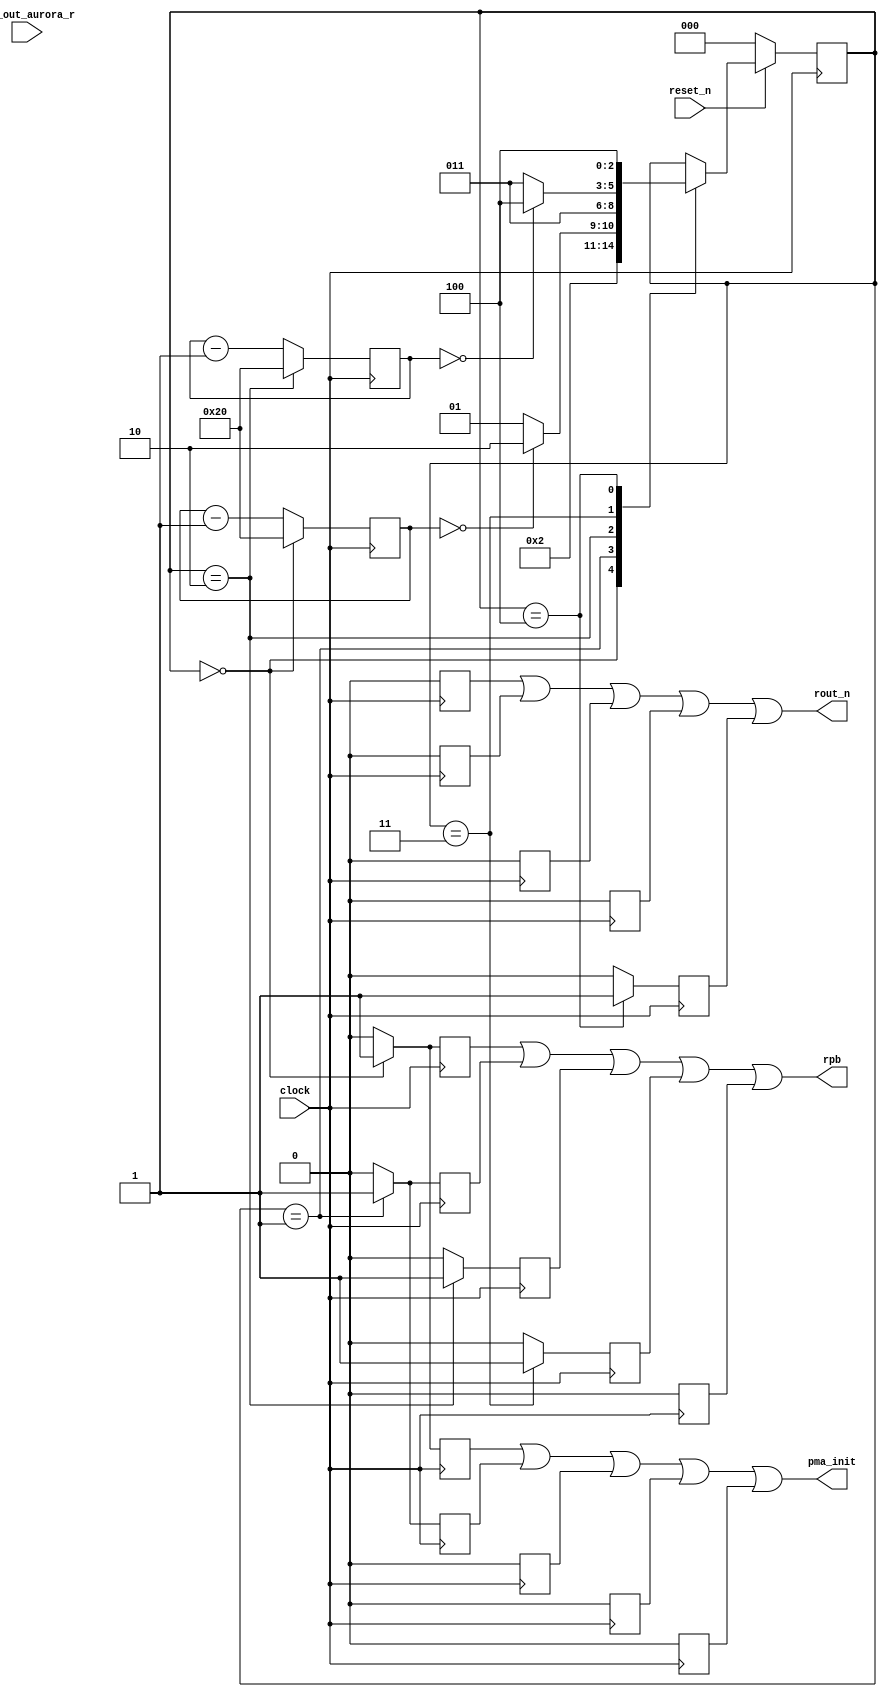
// *!***************************************************************************
// *! Copyright 2019 International Business Machines
// *!
// *! Licensed under the Apache License, Version 2.0 (the "License");
// *! you may not use this file except in compliance with the License.
// *! You may obtain a copy of the License at
// *! http://www.apache.org/licenses/LICENSE-2.0 
// *!
// *! The patent license granted to you in Section 3 of the License, as applied
// *! to the "Work," hereby includes implementations of the Work in physical form.  
// *!
// *! Unless required by applicable law or agreed to in writing, the reference design
// *! distributed under the License is distributed on an "AS IS" BASIS,
// *! WITHOUT WARRANTIES OR CONDITIONS OF ANY KIND, either express or implied.
// *! See the License for the specific language governing permissions and
// *! limitations under the License.
// *! 
// *! The background Specification upon which this is based is managed by and available from
// *! the OpenCAPI Consortium.  More information can be found at https://opencapi.org. 
// *!***************************************************************************
// Module designer: Dimitris Syrivelis
// Backup: Christian Pinto, Michele Gazzetti

`timescale 1ns / 10ps

// ==============================================================================================================================
// @@@  Module Declaration
// ==============================================================================================================================
module aurora_power_on_reset  (
    input              clock                   // Clock - needs to be the aurora init_clk and needs to be stable.
  , input              reset_n                   // needs to be active high early reset (ocde - would be fine)
  , input              sys_out_aurora_r   // Let's you know when to deassert rb
  , output             pma_init                // locally registered to meet timing.
  , output             rpb                // 
  , output             rout_n
) ;

reg pos_pma_init_q;
reg pos_reset_pb_q;
reg pos_reset_logic_n_q;

reg pow_pma_init_q;
reg pow_reset_pb_q;
reg pow_reset_logic_n_q;

reg ce_pma_init_q;
reg ce_reset_pb_q;
reg ce_reset_logic_n_q;

reg dsor_pma_init_q;
reg dsor_reset_pb_q;
reg dsor_reset_logic_n_q;

reg oor_pma_init_q;
reg oor_reset_pb_q;
reg oor_reset_logic_n_q;


reg[7:0] cycle_counter_poweron;
reg[7:0] cycle_counter_poweron2;
//These regs should go to the core
assign pma_init = pos_pma_init_q | pow_pma_init_q | ce_pma_init_q | dsor_pma_init_q | oor_pma_init_q;
assign rpb = pos_reset_pb_q | pow_reset_pb_q | ce_reset_pb_q | dsor_reset_pb_q | oor_reset_pb_q;
assign rout_n = pos_reset_logic_n_q | pow_reset_logic_n_q | ce_reset_logic_n_q | dsor_reset_logic_n_q | oor_reset_logic_n_q;

reg [2:0]  SM;
parameter  POWER_ON_SEQ = 3'b000;
parameter  POWER_ON_WAIT = 3'b001;
parameter  COUNTER_EXPIRED = 3'b010;
parameter  DETECT_SYS_OUT_RESET_HIGH = 3'b011;
parameter  OUT_OF_RESET = 3'b100;

always @(posedge(clock))     
  if (SM == POWER_ON_SEQ) 
      begin
         pos_reset_logic_n_q <= 1'b0;//Activate reset
         pos_pma_init_q <= 1'b1; //assert active low pma_init_q for power_on
         pos_reset_pb_q <= 1'b1; //assert pma_init_q for 
         cycle_counter_poweron <= 8'h20; 
      end 
  else 
      begin
         cycle_counter_poweron <= cycle_counter_poweron - 8'h01; 
         pos_reset_logic_n_q <= 1'b0;//invalidate for or gate
         pos_pma_init_q <= 1'b0; //invalidate for or gate
         pos_reset_pb_q <= 1'b0; //invalidatae for or gate
      end 

        
always @(posedge(clock))           
  if (SM == POWER_ON_WAIT) 
     begin
         pow_reset_logic_n_q <= 1'b0;//maintain reset
         pow_pma_init_q <= 1'b1; //maintain assert pma_init_q for power_on
         pow_reset_pb_q <= 1'b1; //maintain assert pma_init_q for 
     end
  else 
     begin
         pow_reset_logic_n_q <= 1'b0;
         pow_pma_init_q <= 1'b0; 
         pow_reset_pb_q <= 1'b0;  
     end

always @(posedge(clock))     
  if (SM == COUNTER_EXPIRED)
     begin
         ce_reset_logic_n_q <= 1'b0;//maintain reset
         ce_pma_init_q <= 1'b0; //deassert pma_init_q for power_on
         ce_reset_pb_q <= 1'b1; //maintain assert pma_init_q for 
         cycle_counter_poweron2 <= 8'h20;  
     end 
  else  
     begin
         cycle_counter_poweron2 <= cycle_counter_poweron2 - 8'h01; 
         ce_reset_logic_n_q <= 1'b0;
         ce_pma_init_q <= 1'b0; 
         ce_reset_pb_q <= 1'b0;  
     end 

always @(posedge(clock))     
   if (SM == DETECT_SYS_OUT_RESET_HIGH)
     begin 
         dsor_reset_logic_n_q <= 1'b0;//maintain reset
         dsor_pma_init_q <= 1'b0; //maintain deassert pma_init_q for power_on
         dsor_reset_pb_q <= 1'b1; //maintain assert
     end 
   else 
     begin 
          dsor_reset_logic_n_q <= 1'b0;
          dsor_pma_init_q <= 1'b0; 
          dsor_reset_pb_q <= 1'b0;  
     end 

always @(posedge(clock))     
   if(SM == OUT_OF_RESET)
     begin
         oor_reset_logic_n_q <= 1'b1;//deassert reset (active low)
         oor_pma_init_q <= 1'b0; //maintain deassert pma_init_q for power_on
         oor_reset_pb_q <= 1'b0; //deassert rb
     end
   else
     begin
         oor_reset_logic_n_q <= 1'b0;
         oor_pma_init_q <= 1'b0; 
         oor_reset_pb_q <= 1'b0; 
     end
  
//State machine handling
always @(posedge(clock))
  if (reset_n == 1'b0) 
     begin
          SM <= POWER_ON_SEQ; 
     end  
  else
    begin 
    case (SM)
      POWER_ON_SEQ:
          SM <= POWER_ON_WAIT; 
      POWER_ON_WAIT: 
          if (cycle_counter_poweron == 8'h0) 
               SM <= COUNTER_EXPIRED;
          else SM <= POWER_ON_WAIT;
      COUNTER_EXPIRED:
               SM <= DETECT_SYS_OUT_RESET_HIGH;
      DETECT_SYS_OUT_RESET_HIGH:
          if  (cycle_counter_poweron2 == 8'h0)
               SM <= OUT_OF_RESET;
          else SM <= DETECT_SYS_OUT_RESET_HIGH;    
      OUT_OF_RESET:
          SM <= OUT_OF_RESET; //lock in this state permanently.             
    endcase
   end
endmodule